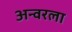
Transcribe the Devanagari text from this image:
अन्वरला